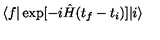
\langle f | \exp [ - i \hat { H } ( t _ { f } - t _ { i } ) ] | i \rangle